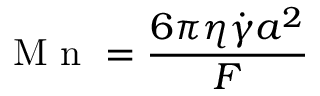
\mathrm { ~ M ~ n ~ } = \frac { 6 \pi \eta \dot { \gamma } a ^ { 2 } } { F }